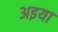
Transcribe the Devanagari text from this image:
अइया